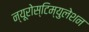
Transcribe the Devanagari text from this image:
न्यूरोस्टिम्युलेशन